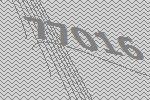
77016